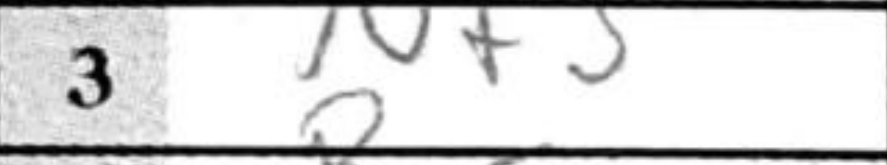
Transcription: Nf3